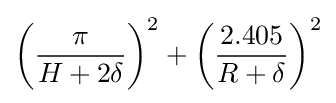
\left({\frac {\pi }{H+2\delta }}\right)^{2}+\left({\frac {2.405}{R+\delta }}\right)^{2}